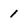
Character: 1